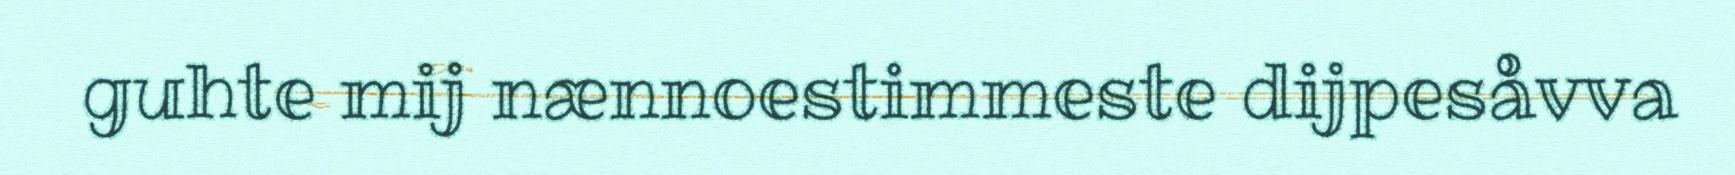
guhte mij nænnoestimmeste dijpesåvva